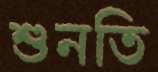
শুনতি